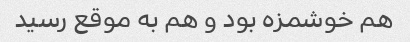
هم خوشمزه بود و هم به موقع رسید